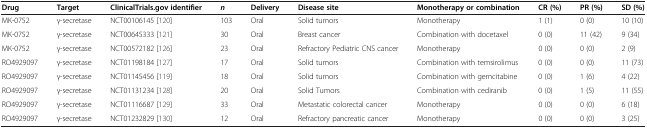
<table><thead><tr><td><b>Drug</b></td><td><b>Target</b></td><td><b>ClinicalTrials.gov identifier</b></td><td><b><i>n</i></b></td><td><b>Delivery</b></td><td><b>Disease site</b></td><td><b>Monotherapy or combination</b></td><td><b>CR (%)</b></td><td><b>PR (%)</b></td><td><b>SD (%)</b></td></tr></thead><tbody><tr><td>MK-0752</td><td>γ-secretase</td><td>NCT00106145 [120]</td><td>103</td><td>Oral</td><td>Solid tumors</td><td>Monotherapy</td><td>1 (1)</td><td>0 (0)</td><td>10 (10)</td></tr><tr><td>MK-0752</td><td>γ-secretase</td><td>NCT00645333 [121]</td><td>30</td><td>Oral</td><td>Breast cancer</td><td>Combination with docetaxel</td><td>0 (0)</td><td>11 (42)</td><td>9 (34)</td></tr><tr><td>MK-0752</td><td>γ-secretase</td><td>NCT00572182 [126]</td><td>23</td><td>Oral</td><td>Refractory Pediatric CNS cancer</td><td>Monotherapy</td><td>0 (0)</td><td>0 (0)</td><td>2 (9)</td></tr><tr><td>RO4929097</td><td>γ-secretase</td><td>NCT01198184 [127]</td><td>17</td><td>Oral</td><td>Solid tumors</td><td>Combination with temsirolimus</td><td>0 (0)</td><td>0 (0)</td><td>11 (73)</td></tr><tr><td>RO4929097</td><td>γ-secretase</td><td>NCT01145456 [119]</td><td>18</td><td>Oral</td><td>Solid tumors</td><td>Combination with gemcitabine</td><td>0 (0)</td><td>1 (6)</td><td>4 (22)</td></tr><tr><td>RO4929097</td><td>γ-secretase</td><td>NCT01131234 [128]</td><td>20</td><td>Oral</td><td>Solid Tumors</td><td>Combination with cediranib</td><td>0 (0)</td><td>1 (5)</td><td>11 (55)</td></tr><tr><td>RO4929097</td><td>γ-secretase</td><td>NCT01116687 [129]</td><td>33</td><td>Oral</td><td>Metastatic colorectal cancer</td><td>Monotherapy</td><td>0 (0)</td><td>0 (0)</td><td>6 (18)</td></tr><tr><td>RO4929097</td><td>γ-secretase</td><td>NCT01232829 [130]</td><td>12</td><td>Oral</td><td>Refractory pancreatic cancer</td><td>Monotherapy</td><td>0 (0)</td><td>0 (0)</td><td>3 (25)</td></tr></tbody></table>